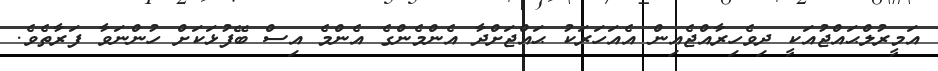
އަމީރުލްޙައްޖުއަކީ ދިވެހިރާއްޖެއިން އެއަހަރަކު ޙައްޖަށްދާ އެންމެންގެ އެންމެ އިސް ބޭފުޅަކަށް ހުންނަވާ ފަރާތެވެ.